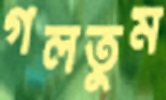
গলতুম